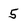
Character: 5